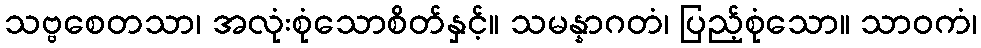
သဗ္ဗစေတသာ၊ အလုံးစုံသောစိတ်နှင့်။ သမန္နာဂတံ၊ ပြည့်စုံသော။ သာဝကံ၊